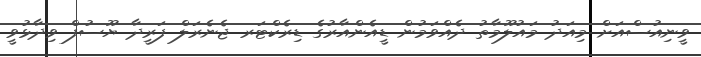
ވީނިއުސްއަށް މިއަދު މައުލޫމާތު ދެއްވަމުން ޑީއެންއާރުގެ ޑިރެކްޓަރ ޖެނެރަލް ފަރީދާ ޔޫސުފް ވިދާޅުވީ